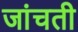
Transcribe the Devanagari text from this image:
जांचती